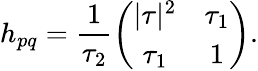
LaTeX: h_{pq}=\frac{1}{\tau_{2}}\left(\begin{array}{cc}{{|\tau|^{2}}}&{{\tau_{1}}}\\ {{\tau_{1}}}&{{1}}\end{array}\right).